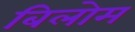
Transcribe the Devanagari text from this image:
बिलोम